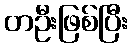
တဦးဖြစ်ပြီး